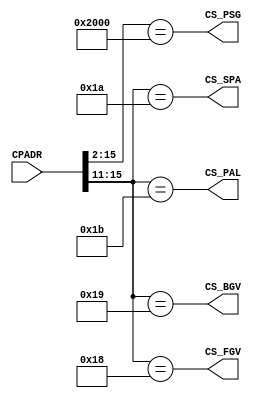
// Copyright (c) 2011 MiSTer-X

module NINJAKUN_SADEC
(
	input [15:0] CPADR,

	output		 CS_PSG,
	output		 CS_FGV,
	output		 CS_BGV,
	output		 CS_SPA,
	output		 CS_PAL
);

assign CS_PSG = ( CPADR[15: 2] == 14'b1000_0000_0000_00 );
assign CS_FGV = ( CPADR[15:11] ==  5'b1100_0 ); 
assign CS_BGV = ( CPADR[15:11] ==  5'b1100_1 ); 
assign CS_SPA = ( CPADR[15:11] ==  5'b1101_0 ); 
assign CS_PAL = ( CPADR[15:11] ==  5'b1101_1 ); 

endmodule


module NINJAKUN_ADEC
(
	input [15:0] CP0AD,
	input			 CP0WR,

	input [15:0] CP1AD,
	input			 CP1WR,

	output		 CS_IN0,
	output		 CS_IN1,

	output		 CS_SH0,
	output		 CS_SH1,

	output		 SYNWR0,
	output		 SYNWR1
);

assign CS_IN0 = (CP0AD[15:2] == 14'b1010_0000_0000_00); 
assign CS_IN1 = (CP1AD[15:2] == 14'b1010_0000_0000_00); 

assign CS_SH0 = (CP0AD[15:11] == 5'b1110_0); 
assign CS_SH1 = (CP1AD[15:11] == 5'b1110_0); 

assign SYNWR0 = CS_IN0 & (CP0AD[1:0]==2) & CP0WR;
assign SYNWR1 = CS_IN1 & (CP1AD[1:0]==2) & CP1WR;

endmodule